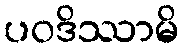
ပဝဒိဿာမိ